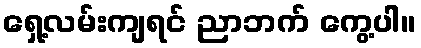
ရှေ့လမ်းကျရင် ညာဘက် ကွေ့ပါ။